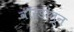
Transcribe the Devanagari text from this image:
वॉर्डांतून